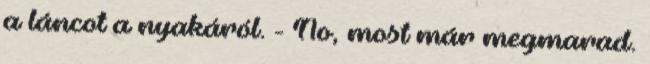
a láncot a nyakáról. - No, most már megmarad.